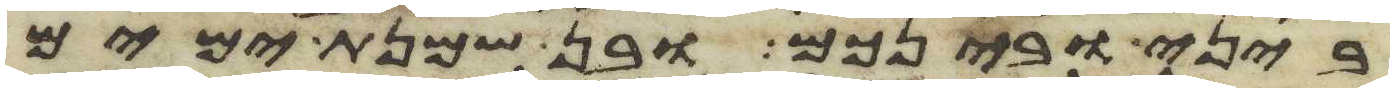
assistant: ביני ובינכם ובן שמנת ימים